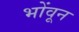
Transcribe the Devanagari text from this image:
भोंवून